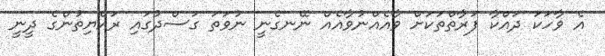
އެ ވާހަކަ ދައްކާ ފަރާތްތަކަށް ވާއެއްނުވާއެއް ނޭނގެނީ ނުވަތަ ގަސްދުގައި ރައްޔިތުންގެ ދީނީ